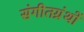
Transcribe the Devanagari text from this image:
संगीतग्रंथों